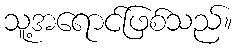
သူ့အရောင်ဖြစ်သည်။